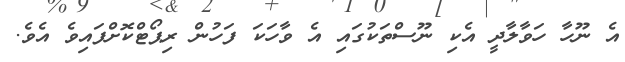
އެ ނޫހާ ހަވާލާދީ އެކި ނޫސްތަކުގައި އެ ވާހަކަ ފަހުން ރިޕޯޓްކޮށްފައިވެ އެވެ.